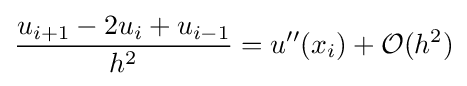
{\frac {u_{i+1}-2u_{i}+u_{i-1}}{h^{2}}}=u''(x_{i})+{\mathcal {O}}(h^{2})